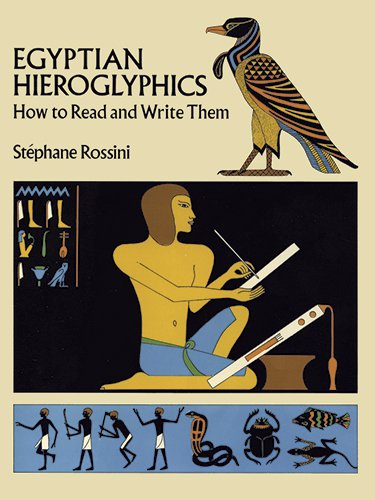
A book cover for Egyptian Hieroglyphics: How to Read and Write Them; Stephane Rossini; History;